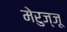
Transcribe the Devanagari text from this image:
मेरुज्जू